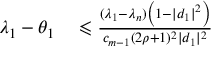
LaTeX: \begin{array} { r l } { \lambda _ { 1 } - \theta _ { 1 } } & { { } \leqslant { \frac { ( \lambda _ { 1 } - \lambda _ { n } ) \left( 1 - | d _ { 1 } | ^ { 2 } \right) } { c _ { m - 1 } ( 2 \rho + 1 ) ^ { 2 } | d _ { 1 } | ^ { 2 } } } } \end{array}